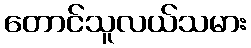
တောင်သူလယ်သမား